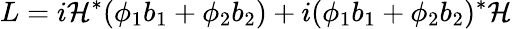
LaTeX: L=i\mathcal{H}^{*}(\phi_{1}b_{1}+\phi_{2}b_{2})+i(\phi_{1}b_{1}+\phi_{2}b_{2})^{*}\mathcal{H}